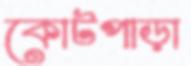
কোটপাড়া